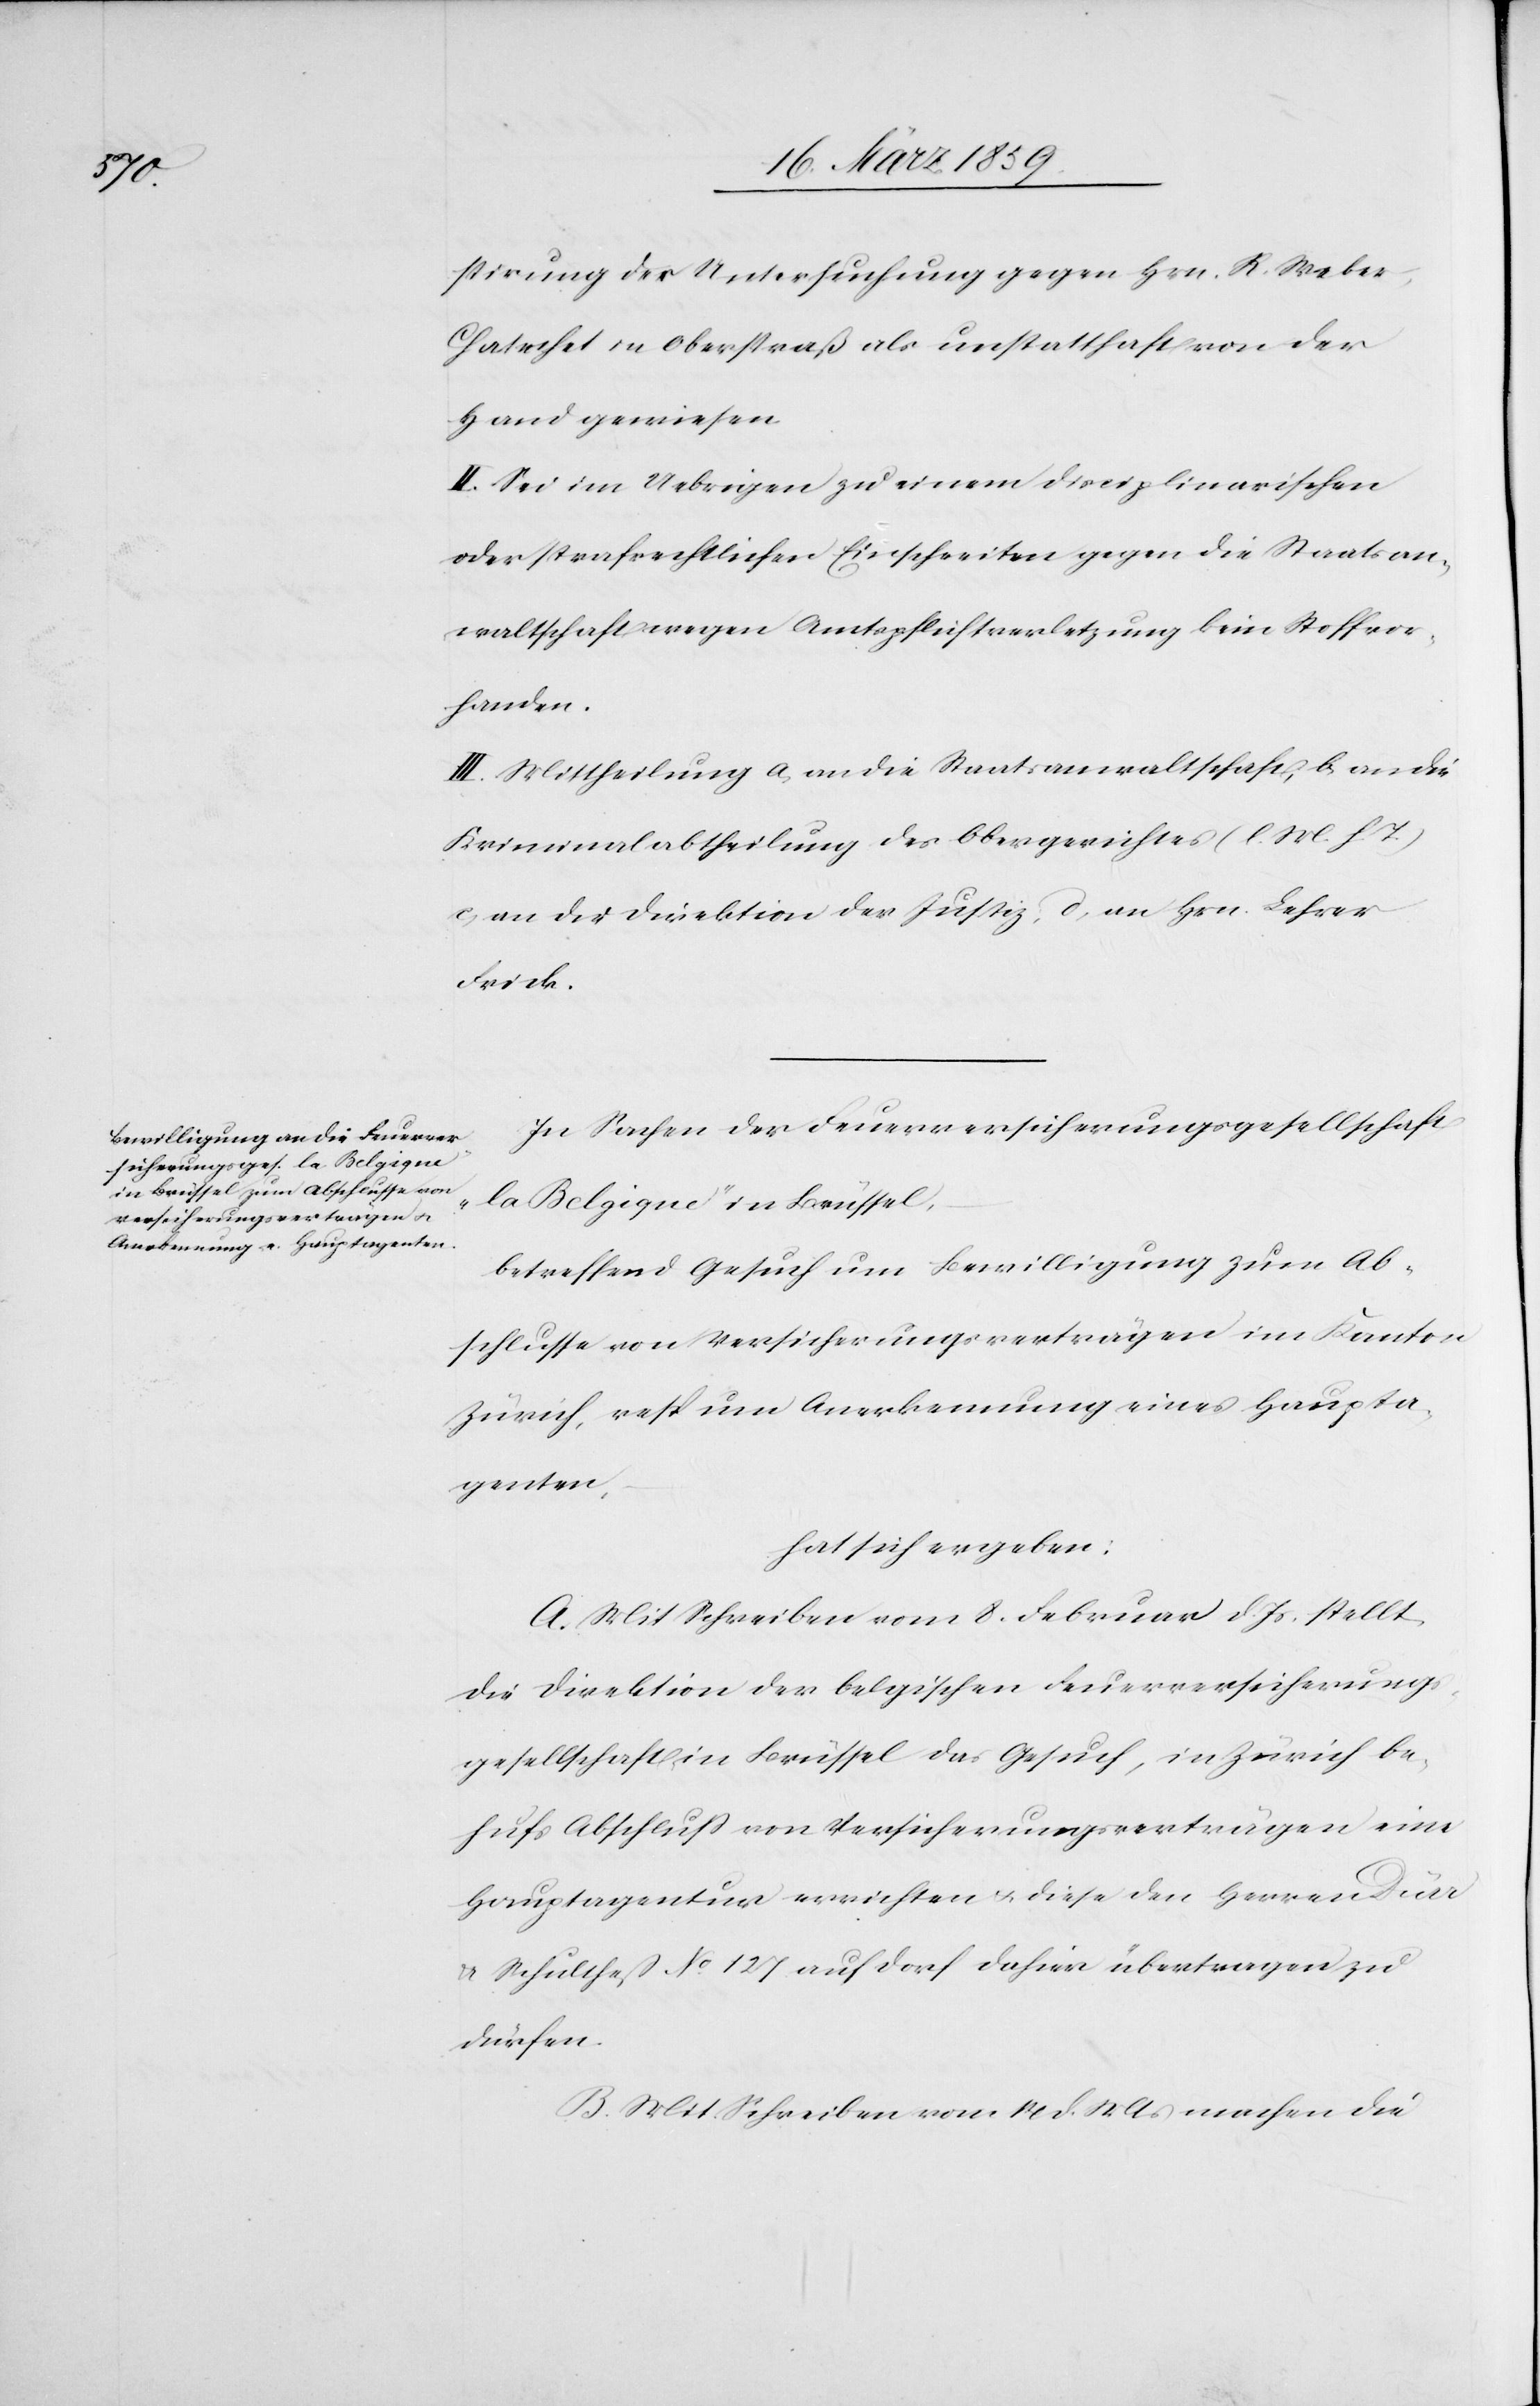
stirung der Untersuchung gegen Hrn. R. Weber,
Chatechet in Oberstraß als unstatthaft von der
Hand gewiesen.
II. Sei im Uebrigen zu einem disciplinarischen
oder strafrechtlichen Einschreiten gegen die Staatsan¬
waltschaft wegen Amtspflichtverletzung kein Stoff vor¬
handen.
III. Mittheilung a, an die Staatsanwaltschaft, b, an die
Kriminalabtheilung des Obergerichtes (l. M. h. T.)
c, an die Direktion der Justiz, d, an Hrn. Lehrer
Frick.
In Sachen der Feuerversicherungsgesellschaft
„la Belgique“ in Brüssel,
betreffend Gesuch um Bewilligung zum Ab¬
schlusse von Versicherungsverträgen im Kanton
Zürich, resp. um Anerkennung eines Haupta¬
genten,
hat sich ergeben:
A. Mit Schreiben vom 8. Februar d. Js. stellt
die Direktion der belgischen Feuerversicherungs¬
gesellschaft in Brüssel das Gesuch, in Zürich be¬
hufs Abschluß von Versicherungsverträgen eine
Hauptagentur errichten u. diese den Herren
& Schultheß No. 127 auf Dorf dahier übertragen zu
dürfen.
B. Mit Schreiben vom 14 d. Mts machen die